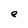
Character: e